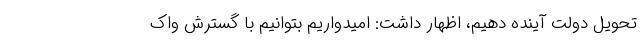
تحویل دولت آینده دهیم، اظهار داشت: امیدواریم بتوانیم با گسترش واک